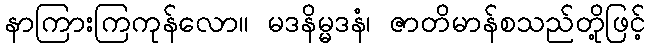
နာကြားကြကုန်လော။ မဒနိမ္မဒနံ၊ ဇာတိမာန်စသည်တို့ဖြင့်